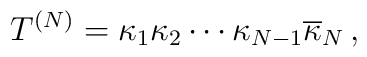
T^{(N)}  = \kappa_1 \kappa_2 \cdots\kappa_{N-1} \overline{\kappa}_N \,,